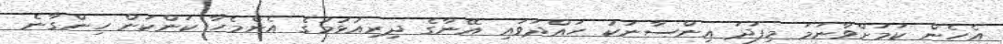
އެހެން ކަމަށްވާނަމަ މިފަދަ އިންސާނަކު ހައްދަވައި އޭނާގެ ދިރިއުޅުމުގެ އެންމެހާ ކަންކަން ހިންގާނެ